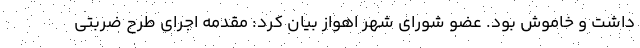
داشت و خاموش بود. عضو شورای شهر اهواز بیان کرد: مقدمه اجرای طرح ضربتی